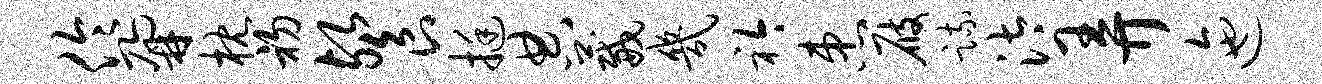
伶鼐枕初餐挺典葳几衿患屐疏汰弄迤